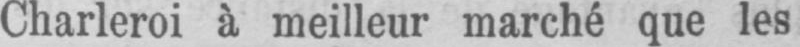
Charleroi à meilleur marché que les